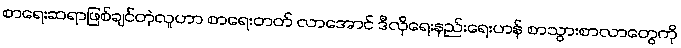
စာရေးဆရာဖြစ်ချင်တဲ့လူဟာ စာရေးတတ် လာအောင် ဒီလိုရေးနည်းရေးဟန် စာသွားစာလာတွေကို